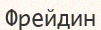
Фрейдин